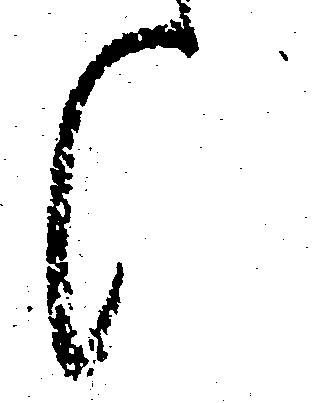
候